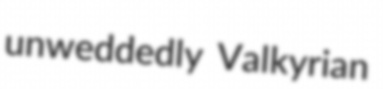
unweddedly Valkyrian